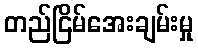
တည်ငြိမ်အေးချမ်းမှု